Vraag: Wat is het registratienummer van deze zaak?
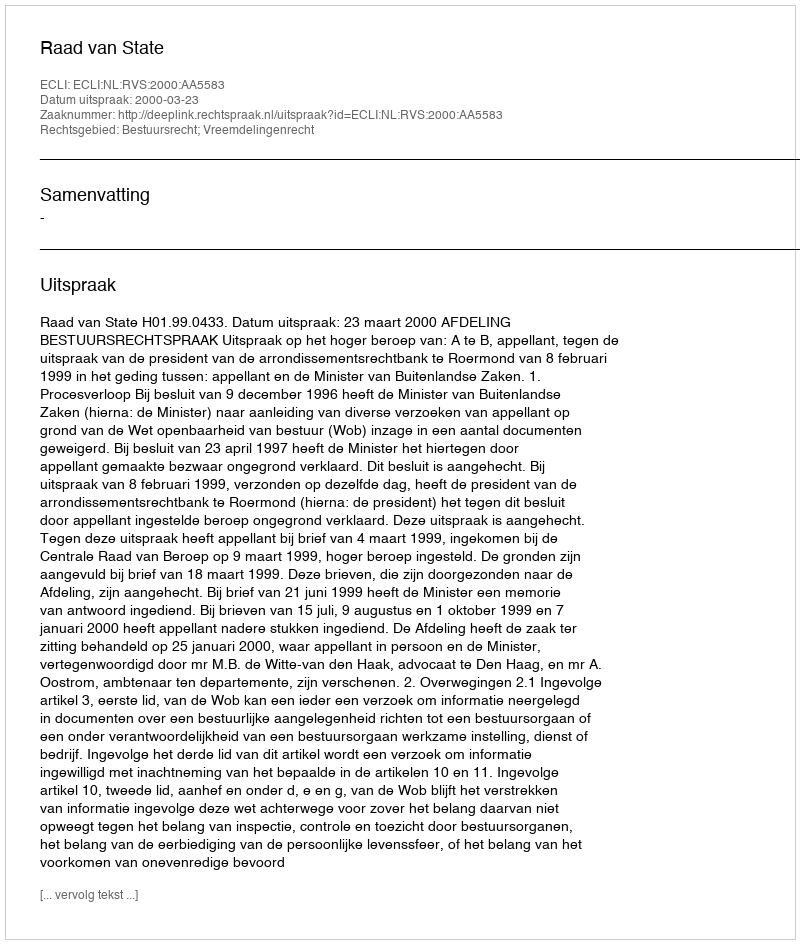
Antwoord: http://deeplink.rechtspraak.nl/uitspraak?id=ECLI:NL:RVS:2000:AA5583